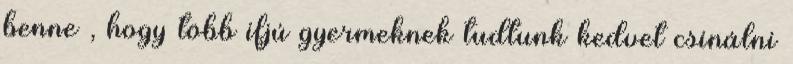
benne , hogy több ifjú gyermeknek tudtunk kedvet csinálni